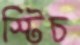
স্টিচ